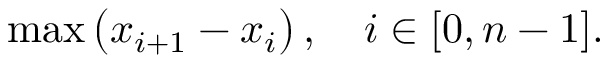
\operatorname* { m a x } \left( x _ { i + 1 } - x _ { i } \right) , \quad i \in [ 0 , n - 1 ] .